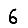
Digit: 6